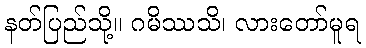
နတ်ပြည်သို့။ ဂမိဿသိ၊ လားတော်မူရ